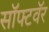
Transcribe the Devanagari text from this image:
सॉफ्टवॅर